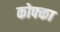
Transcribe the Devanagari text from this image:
कोफ्का